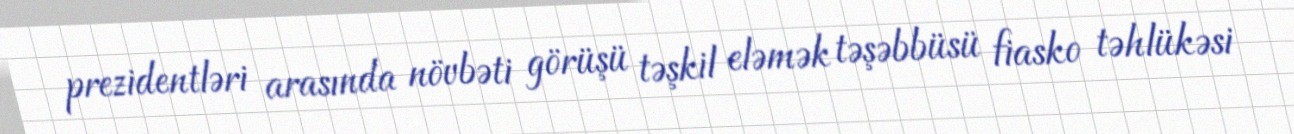
prezidentləri arasında növbəti görüşü təşkil eləmək təşəbbüsü fiasko təhlükəsi